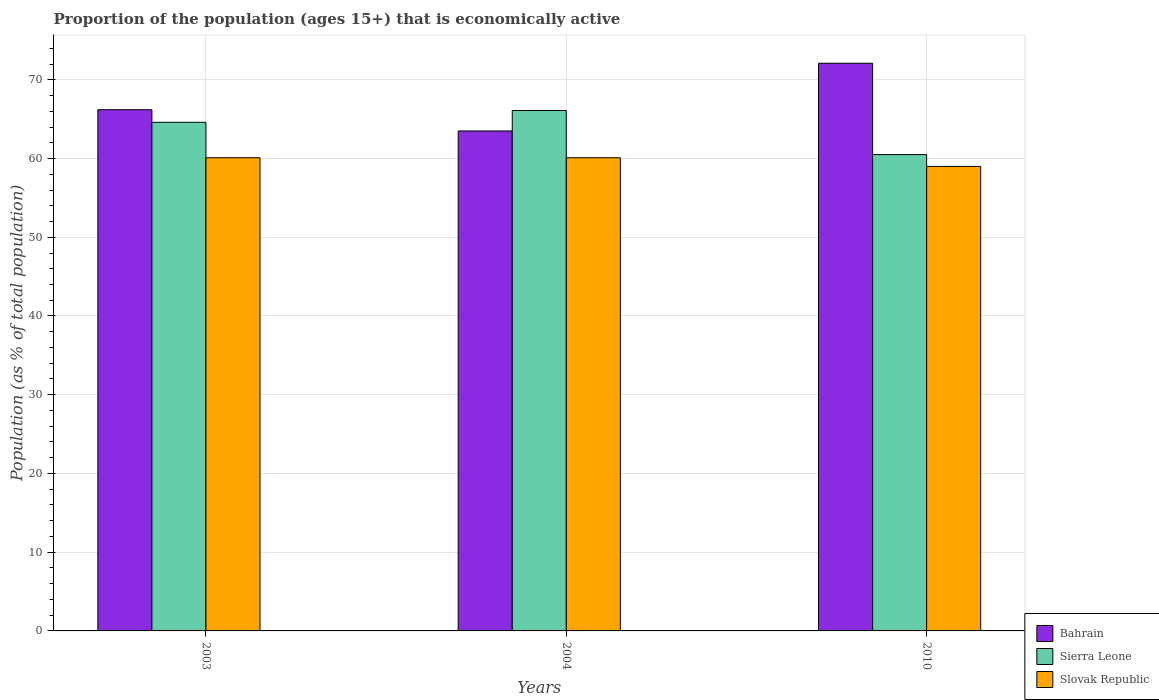
| Years | Bahrain | Sierra Leone | Slovak Republic |
 | --- | --- | --- | --- |
 | 2003 | 66.2 | 64.6 | 60.1 |
 | 2004 | 63.5 | 66.1 | 60.1 |
 | 2010 | 72.1 | 60.5 | 59 |